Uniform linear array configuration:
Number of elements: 48
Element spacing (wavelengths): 0.5
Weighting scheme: cosine
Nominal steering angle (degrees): -30
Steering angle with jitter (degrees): -30.121
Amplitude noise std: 0.05
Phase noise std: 0.05

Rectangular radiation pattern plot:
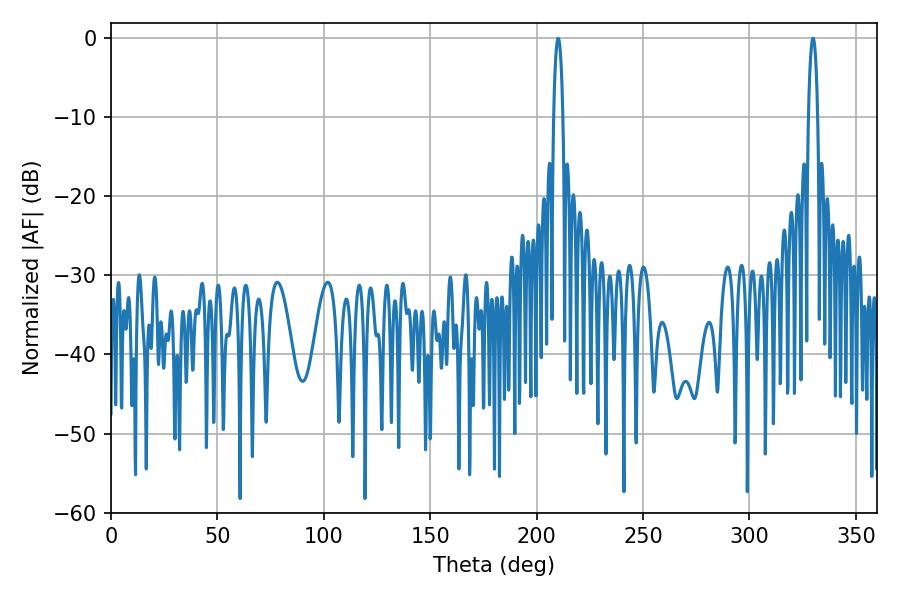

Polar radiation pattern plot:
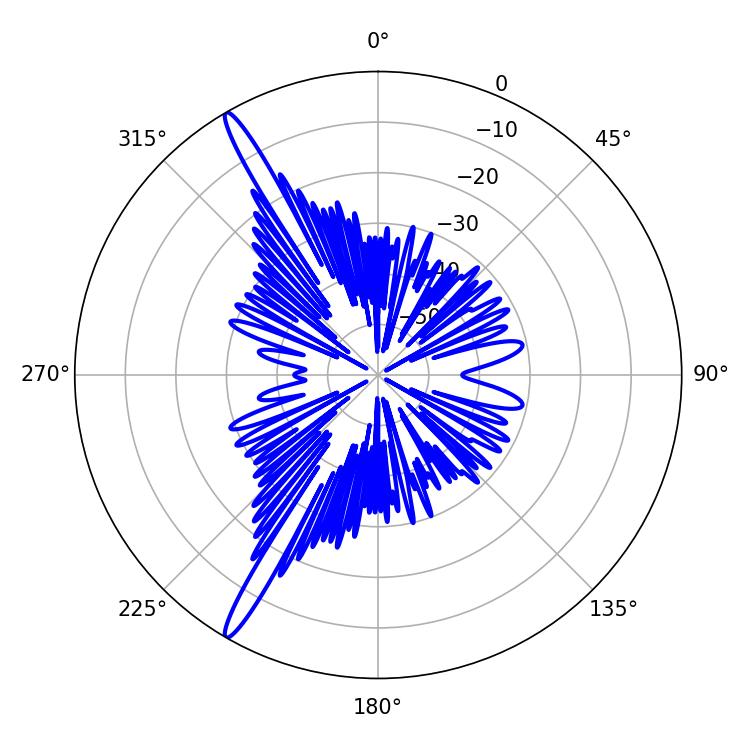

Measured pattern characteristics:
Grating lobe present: FALSE
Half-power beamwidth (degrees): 2.34
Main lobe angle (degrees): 210.06